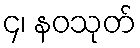
၄၊ နဝသုတ်